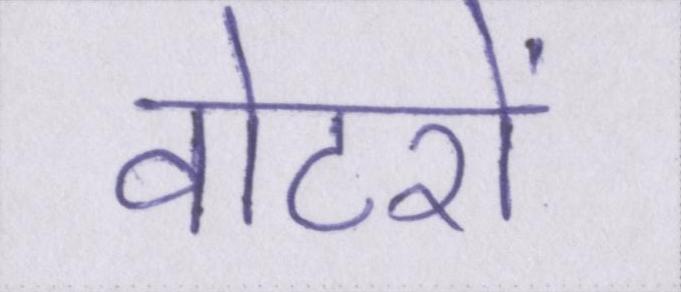
वोटरों